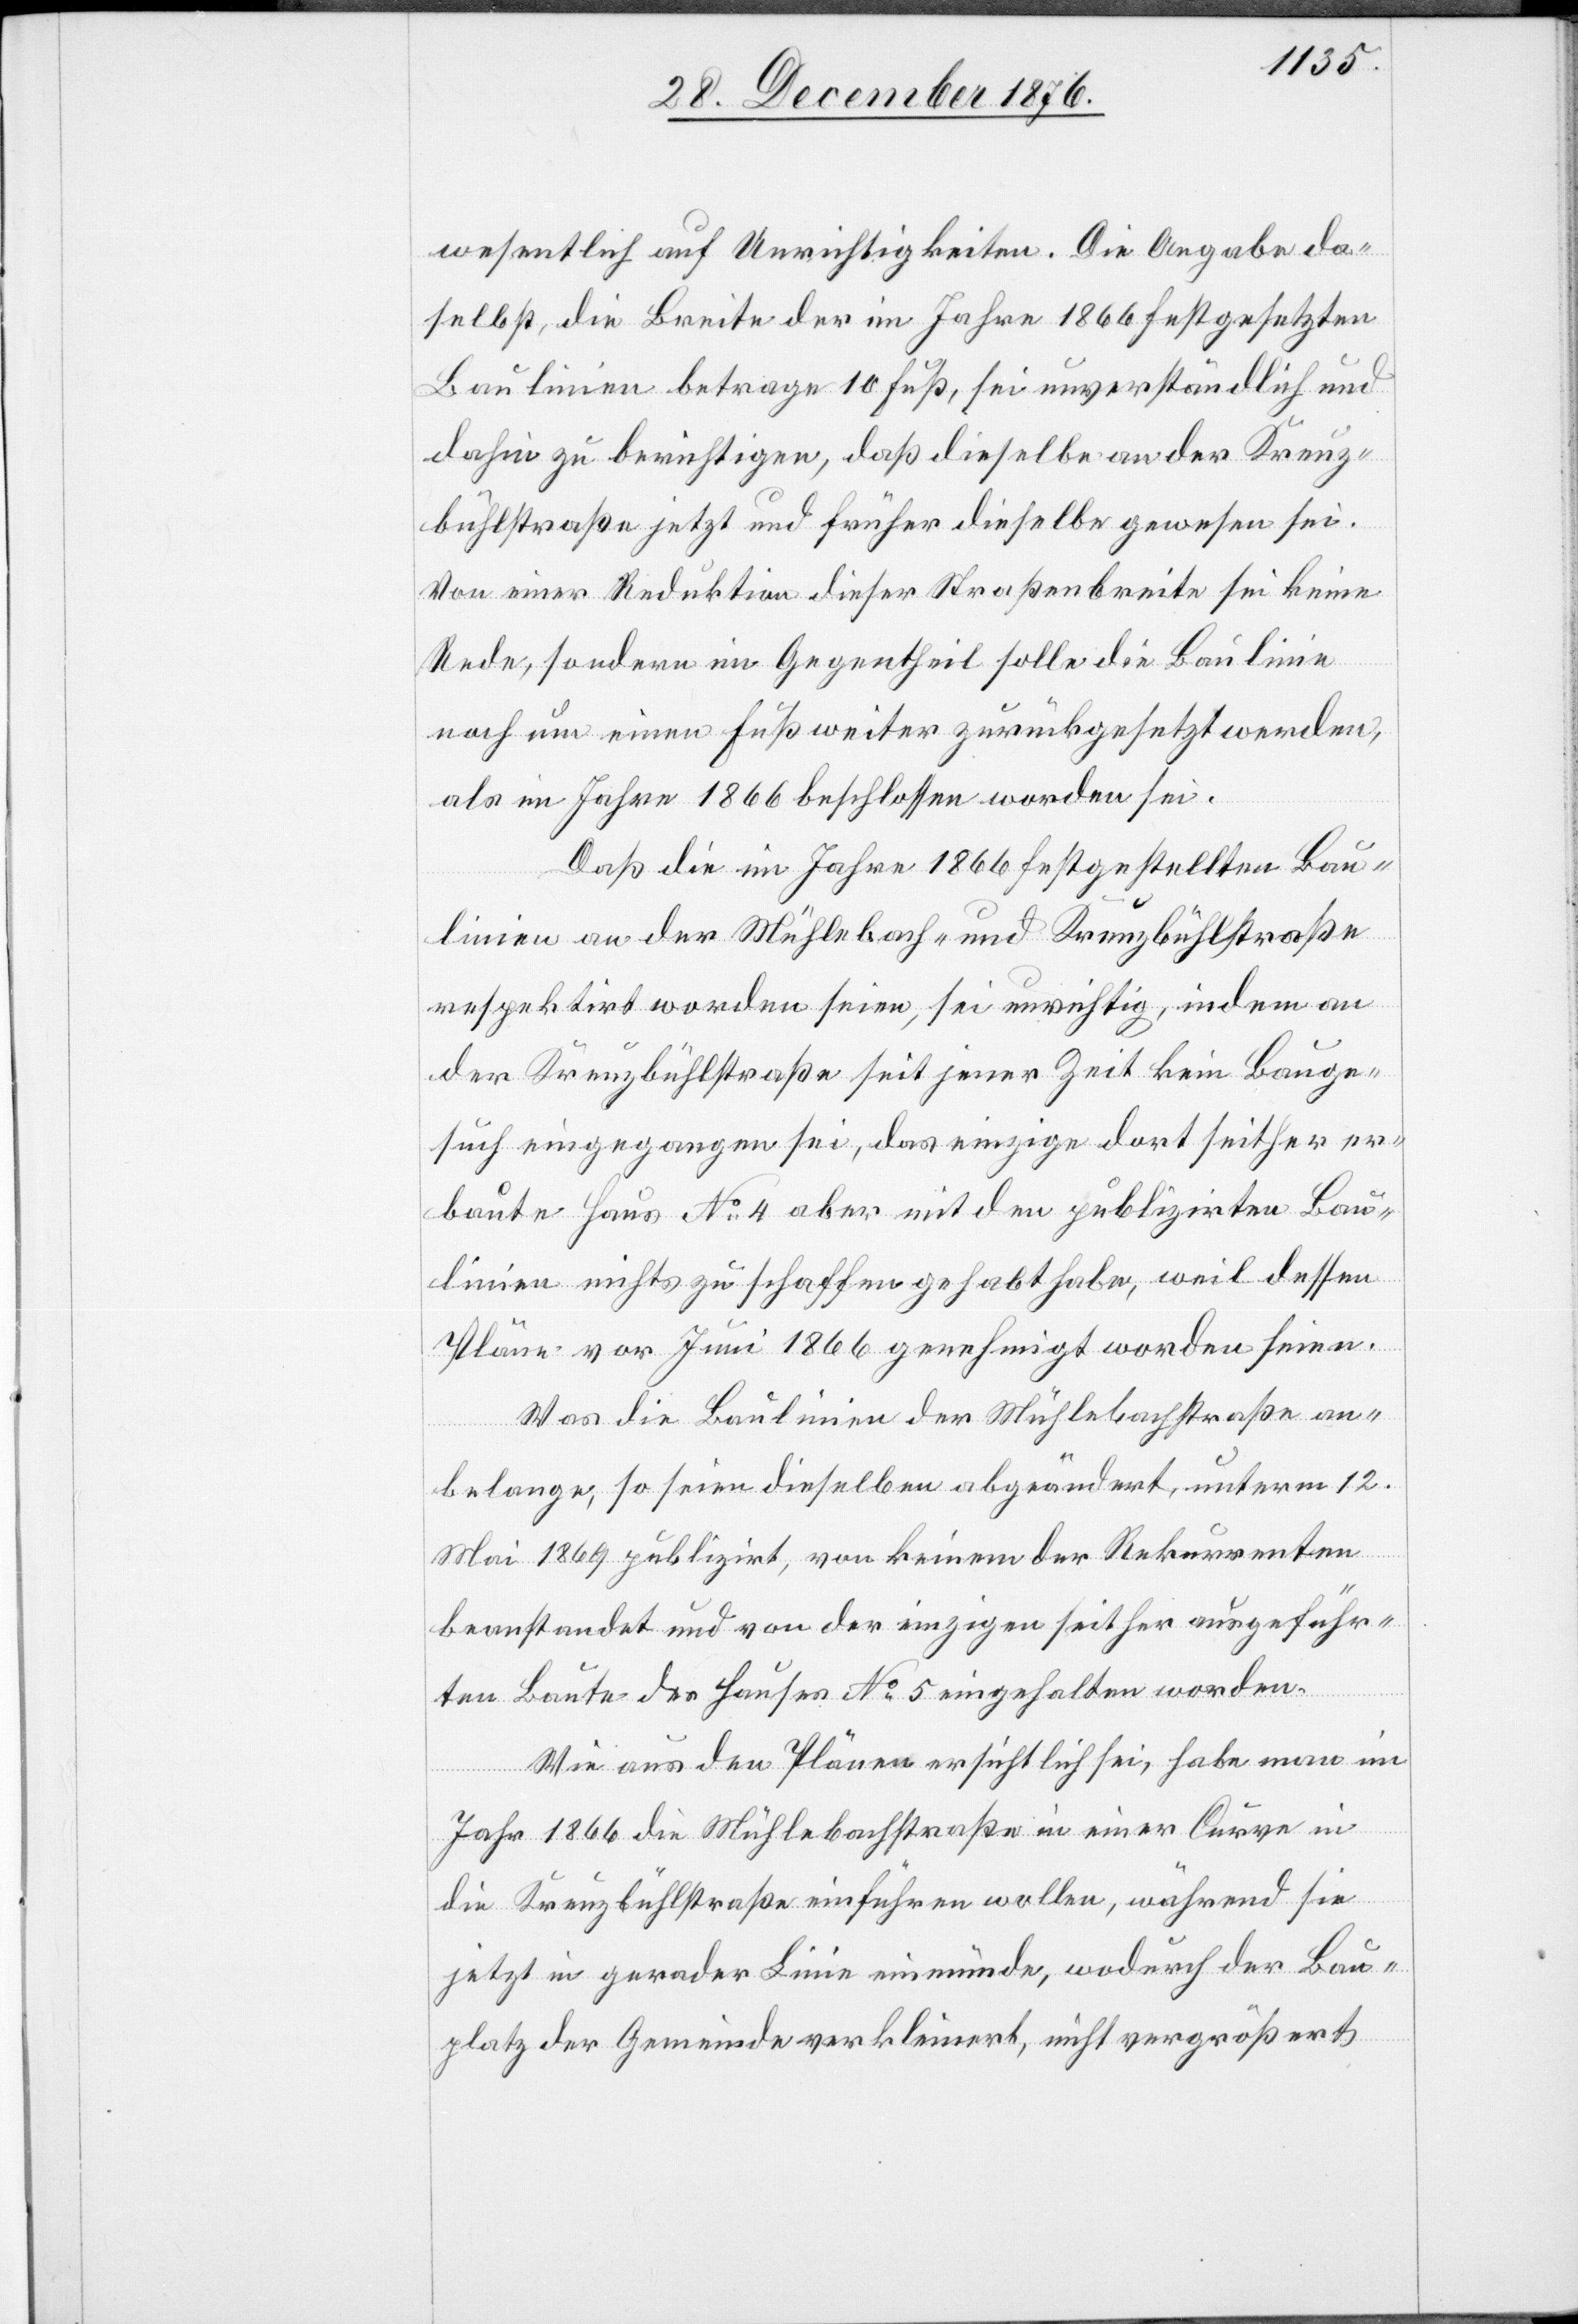
wesentlich auf Unrichtigkeiten. Die Angabe da¬
selbst, die Breite der im Jahre 1866 festgesetzten
Baulinien betrage 10 Fuß, sei unverständlich und
dahin zu berichtigen, daß dieselbe an der Kreuz¬
bühlstraße jetzt und früher dieselbe gewesen sei.
Von einer Reduktion dieser Straßenbreite sei keine
Rede, sondern im Gegentheil solle die Baulinie
noch um einen Fuß weiter zurückgesetzt werden,
als im Jahre 1866 beschlossen worden sei.
Daß die im Jahre 1866 festgestellten Bau¬
linien an der Mühlebach- und Kreuzbühlstraße
respektirt worden seien, sei unrichtig, indem an
der Kreuzbühlstraße seit jener Zeit kein Bauge¬
such eingegangen sei, da einzige dort seither er¬
baute Haus No 4 aber mit den publizirten Bau¬
linien nichts zu schaffen gehabt habe, weil dessen
Pläne vor Juni 1866 genehmigt worden seien.
Was die Baulinie der Mühlebachstraße an¬
belange, so seien dieselben abgeändert, unterm 12.
Mai 1869 publizirt, von keinem der Rekurrenten
beanstandet und von der einzigen seither ausgeführ¬
ten Baute des Hauses No 5 eingehalten worden.
Wie aus den Plänen ersichtlich sei, habe man im
Jahr 1866 die Mühlebachstraße in einer Curve in
die Kreuzbühlstraße einführen wollen, während sie
jetzt in gerader Linie einmünde, wodurch der Bau¬
platz der Gemeinde verkleinert, nichts vergrößert